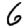
Digit: 6